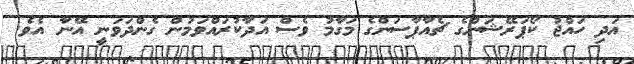
އަދި ހައްޖު ކޯޕަރޭޝަންގެ ޗެއާޕާސަންގެ މަގާމު ވެސް އަދާކުރައްވަމުން ގެންދަވަނީ އޭނާ އެވެ.